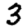
Digit: 3